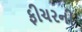
ફીચરની